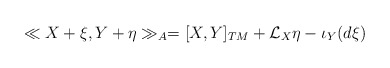
\begin{align*} \ll X+\xi,Y+\eta\gg_A= [X,Y]_{TM}+ \mathcal{L}_X\eta- \iota_Y(d\xi)\end{align*}